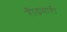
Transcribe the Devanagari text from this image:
रीढधारी